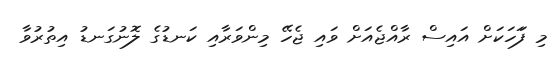
މި ފަަހަކަށް އައިސް ރާއްޖެއަށް ވައި ޖެހޭ މިންވަރާއި ކަނޑުގެ ލޮނުގަނޑު އިތުރުވާ